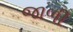
જાળી